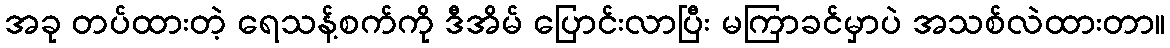
အခု တပ်ထားတဲ့ ရေသန့်စက်ကို ဒီအိမ် ပြောင်းလာပြီး မကြာခင်မှာပဲ အသစ်လဲထားတာ။